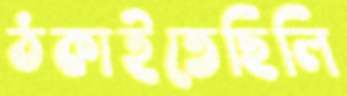
ঠকাইতেছিলি